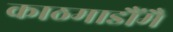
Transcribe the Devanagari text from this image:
काठमाडौंमै